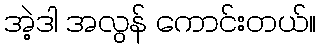
အဲ့ဒါ အလွန် ကောင်းတယ်။